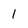
Character: 1